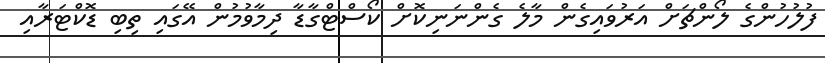
ފުލުުހުންގެ ލޯންޗަށް އަރުވައިގެން މާލެ ގެންނަނިކޮށް ކޯސްޓްގާޑާ ދިމާވުމުން އޭގައި ތިބި ޑޮކްޓަރާއި